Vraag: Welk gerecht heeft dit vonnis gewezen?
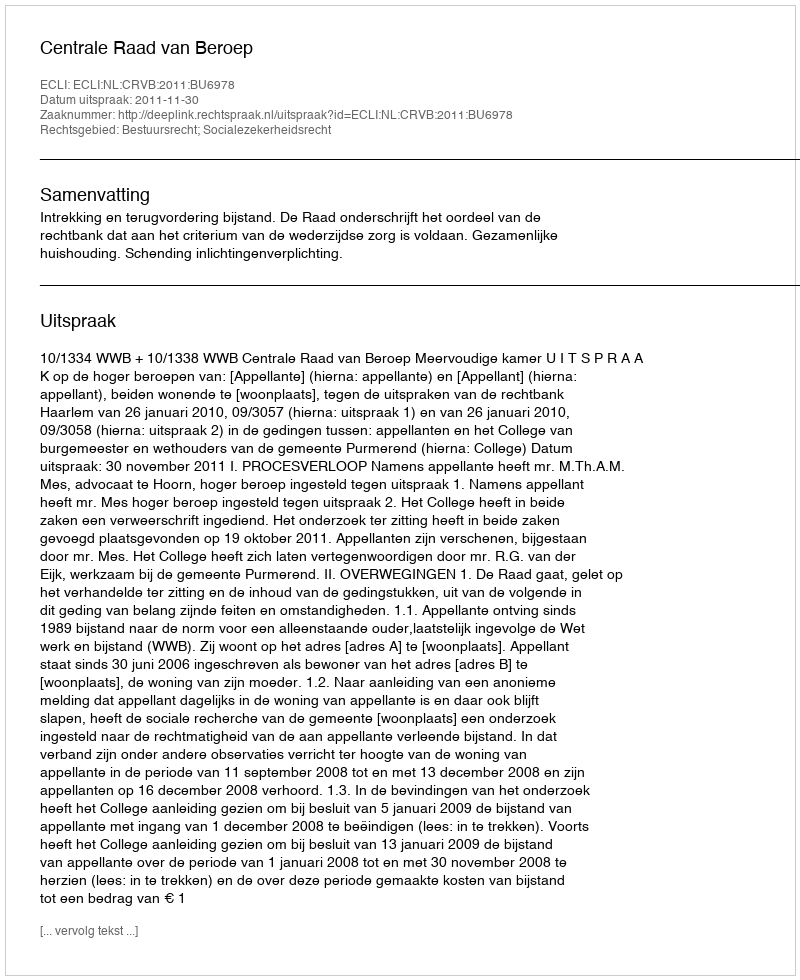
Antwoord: Centrale Raad van Beroep